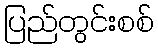
ပြည်တွင်းစစ်